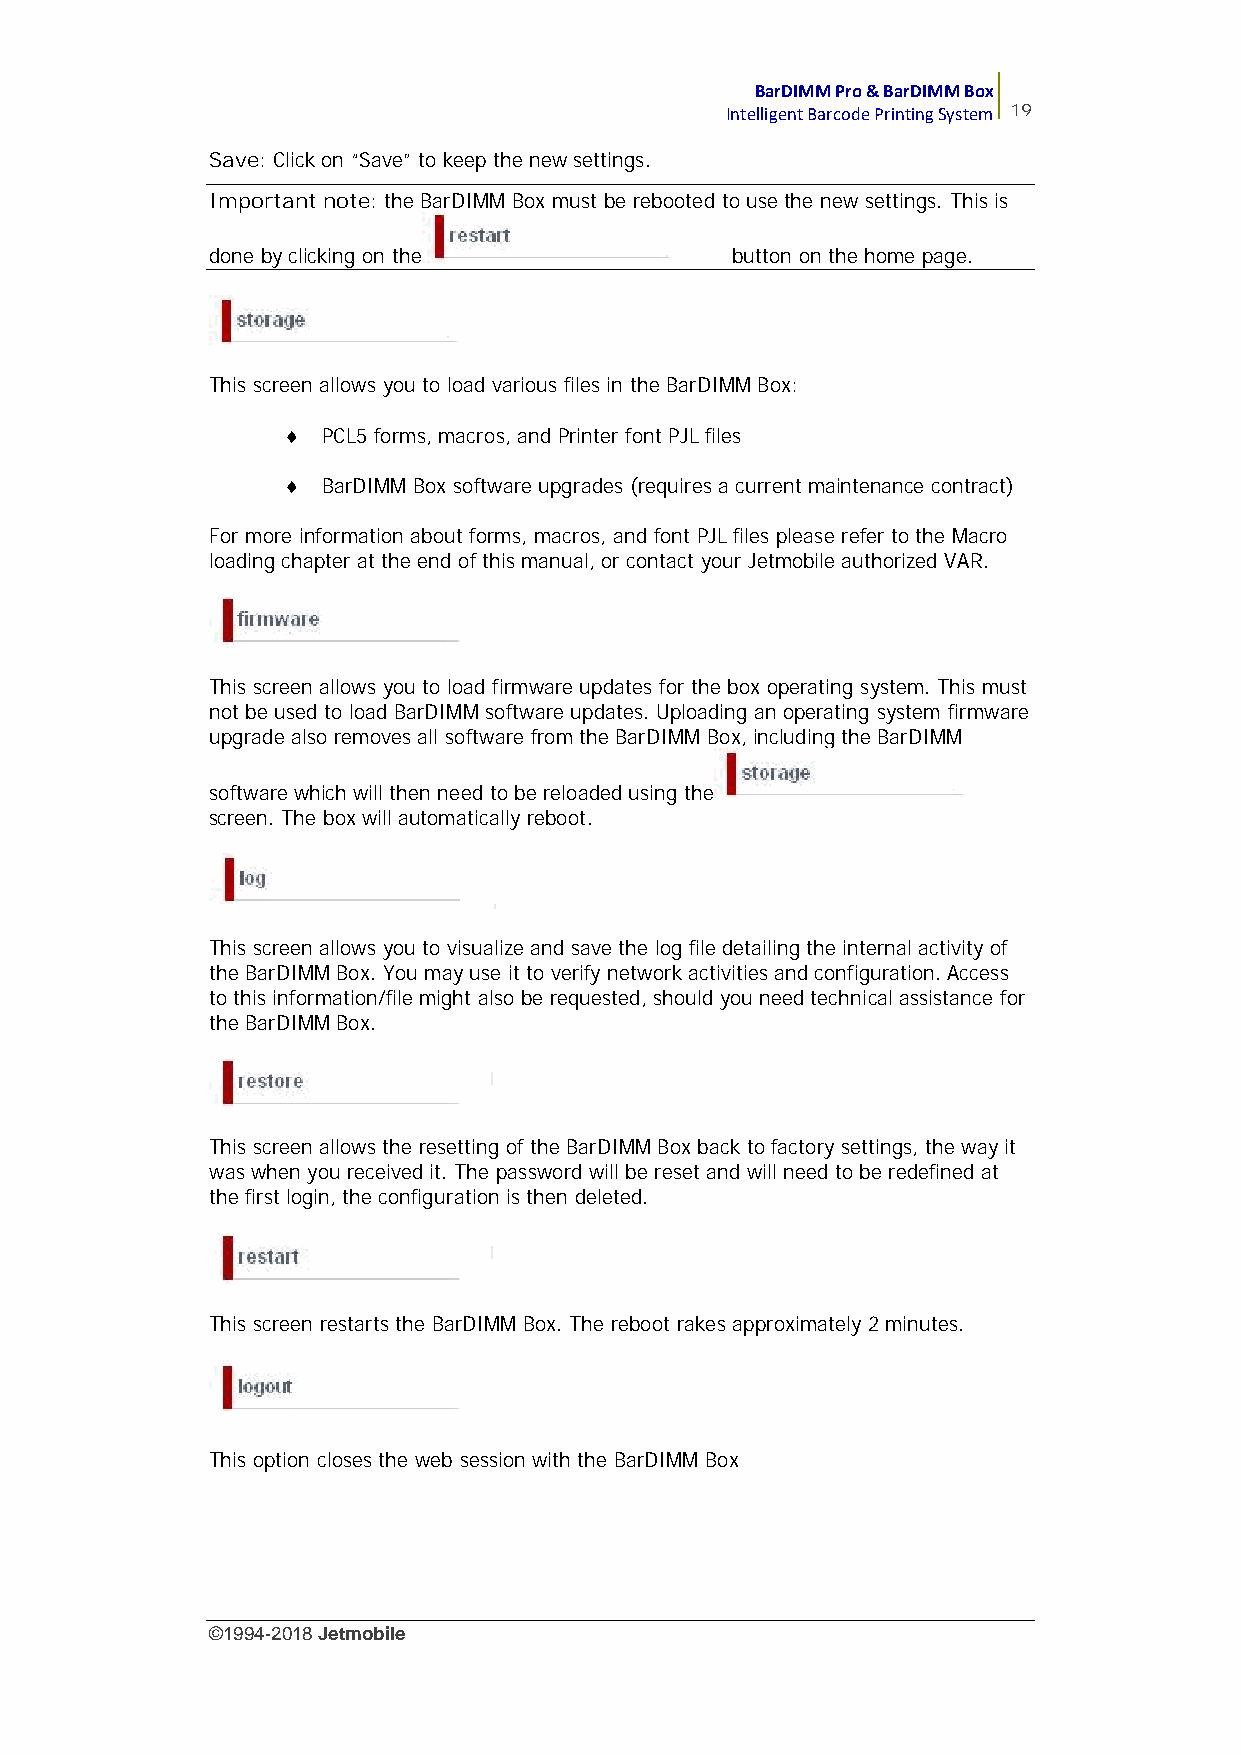
BarDIMM Pro & BarDIMM Box
 Intelligent Barcode Printing System 19
 Save: Click on “Save” to keep the new settings.
 Important note: the BarDIMM Box must be rebooted to use the new settings. This is
 done by clicking on the           button on the home page.
 This screen allows you to load various files in the BarDIMM Box:
  PCL5 forms, macros, and Printer font PJL files
  BarDIMM Box software upgrades (requires a current maintenance contract)
 For more information about forms, macros, and font PJL files please refer to the Macro
 loading chapter at the end of this manual, or contact your Jetmobile authorized VAR.
 This screen allows you to load firmware updates for the box operating system. This must
 not be used to load BarDIMM software updates. Uploading an operating system firmware
 upgrade also removes all software from the BarDIMM Box, including the BarDIMM
 software which will then need to be reloaded using the
 screen. The box will automatically reboot.
 This screen allows you to visualize and save the log file detailing the internal activity of
 the BarDIMM Box. You may use it to verify network activities and configuration. Access
 to this information/file might also be requested, should you need technical assistance for
 the BarDIMM Box.
 This screen allows the resetting of the BarDIMM Box back to factory settings, the way it
 was when you received it. The password will be reset and will need to be redefined at
 the first login, the configuration is then deleted.
 This screen restarts the BarDIMM Box. The reboot rakes approximately 2 minutes.
 This option closes the web session with the BarDIMM Box
 ©1994-2018Jetmobile
 E
 r
 r
 o